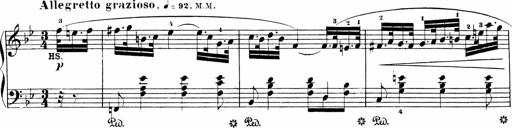
Title: Sonatinen Op.47, 98 und 136, nebst 6 Liedersonatinen
Composer: Carl Reinecke